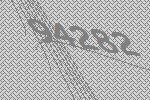
94282